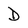
Character: D